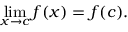
\operatorname* { l i m } _ { x \to c } { f ( x ) } = f ( c ) .